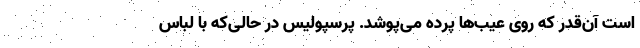
است آن‌قدر که روی عیب‌ها پرده می‌پوشد. پرسپولیس در حالی‌که با لباس